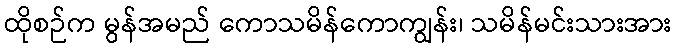
ထိုစဉ်က မွန်အမည် ကောသမိန်ကောကျွန်း၊ သမိန်မင်းသားအား